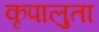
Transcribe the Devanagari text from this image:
कृपालुता